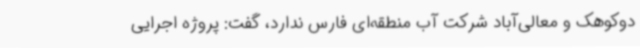
دوکوهک و معالی‌آباد شرکت آب منطقه‌ای فارس ندارد، گفت: پروژه اجرایی